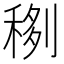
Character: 𥟻